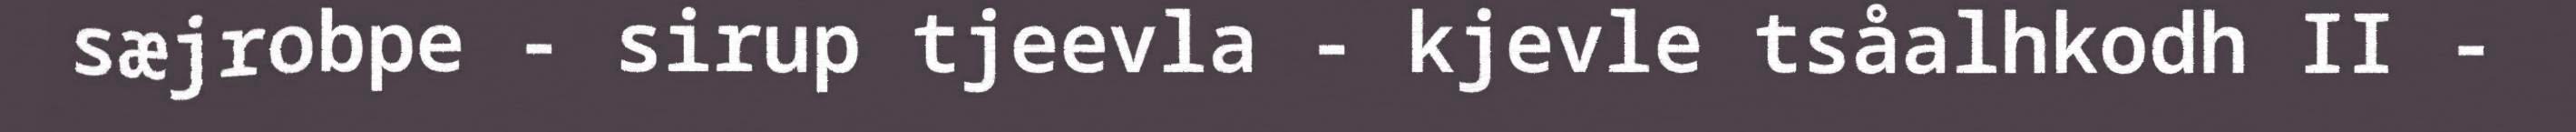
sæjrobpe - sirup tjeevla - kjevle tsåalhkodh II -